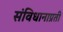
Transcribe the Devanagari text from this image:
संविधानाप्रती